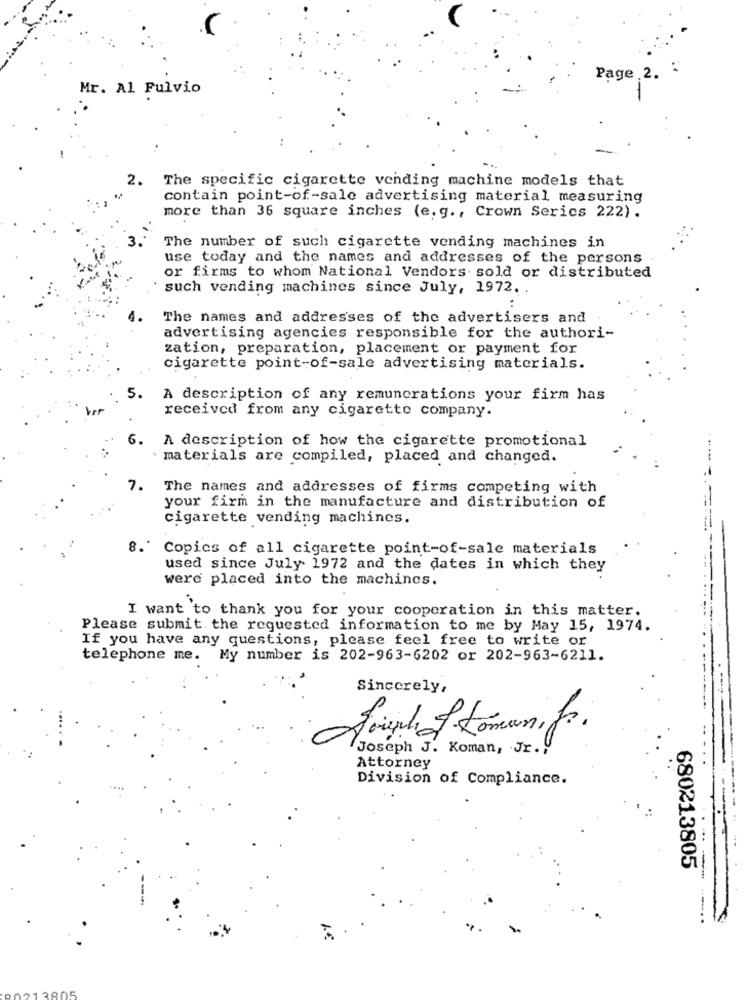
Page 2.
Mr. Al Fulvio
-
2.
The specific cigarette vending machine models that
contain point-of-sale advertising material measuring
more than 36 square inches (e. g ., Crown Serics 222) .
The number of such cigarette vending machines in
use today and the names and addresses of the persons
or firms to whom National Vendors sold or distributed
such vending machines since July, 1972. .
The names and addresses of the advertisers and
advertising agencies responsible for the authori-
zation, preparation, placement or payment for
cigarette point-of-sale advertising materials.
A description of any remunerations your firm has
received from any cigarette company.
6.
A description of how the cigarette promotional
materials are compiled, placed and changed.
7.
The names and addresses of firms competing with
your firm in the manufacture and distribution of
cigarette vending machines.
Copics of all cigarette point-of-sale materials
used since July 1972 and the dates in which they
were placed into the machines.
I want to thank you for your cooperation in this matter.
Please submit the requested information to me by May 15, 1974.
If you have any questions, please feel free to write or
telephone me. My number is 202-963-6202 or 202-963-6211.
Sincerely,
freph of Lomanif.
Joseph J. Koman, Jr .,
Attorney
Division of Compliance.
680213805
00138